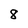
Character: 8